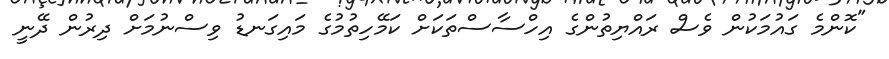
"ކޮންމެ ގައުމަކުން ވެސް ރައްޔިތުންގެ އިހްސާސްތަކަށް ކަމޭހިތުމުގެ މައިގަނޑު ވިސްނުމަށް ދިރުން ދޭނީ